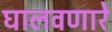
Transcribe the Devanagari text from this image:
घालवणारे